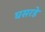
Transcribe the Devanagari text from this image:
घसरडे